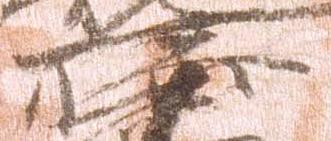
藤